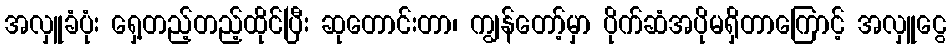
အလှူခံပုံး ရှေ့တည့်တည့်ထိုင်ပြီး ဆုတောင်းတာ၊ ကျွန်တော့်မှာ ပိုက်ဆံအပိုမရှိတာကြောင့် အလှူငွေ